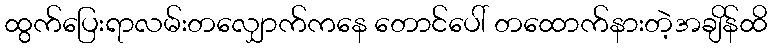
ထွက်ပြေးရာလမ်းတလျှောက်ကနေ တောင်ပေါ် တထောက်နားတဲ့အချိန်ထိ